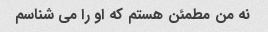
نه من مطمئن هستم که او را می شناسم